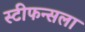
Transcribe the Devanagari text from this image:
स्टीफन्सला